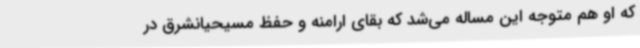
که او هم متوجه این مساله می‌شد که بقای ارامنه و حفظ مسیحیانشرق در